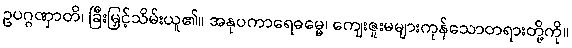
ဥပဂ္ဂဏှာတိ၊ ခြီးမြှင့်သိမ်းယူ၏။ အနုပကာရေဓမ္မေ၊ ကျေးဇူးမများကုန်သောတရားတို့ကို။